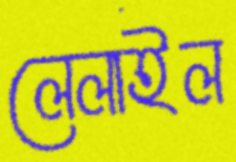
লেলাইল